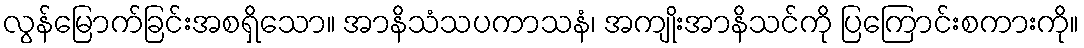
လွန်မြောက်ခြင်းအစရှိသော။ အာနိသံသပကာသနံ၊ အကျိုးအာနိသင်ကို ပြကြောင်းစကားကို။